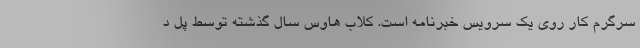
سرگرم کار روی یک سرویس خبرنامه است. کلاب هاوس سال گذشته توسط پل د